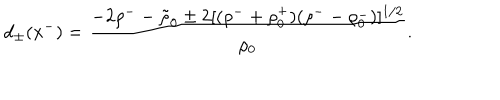
LaTeX: d _ { \pm } ( x ^ { - } ) = { \frac { - 2 \rho ^ { - } - \tilde { \rho } _ { 0 } \pm 2 [ ( \rho ^ { - } + \rho _ { 0 } ^ { + } ) ( \rho ^ { - } - \rho _ { 0 } ^ { - } ) ] ^ { 1 / 2 } } { \rho _ { 0 } } } .